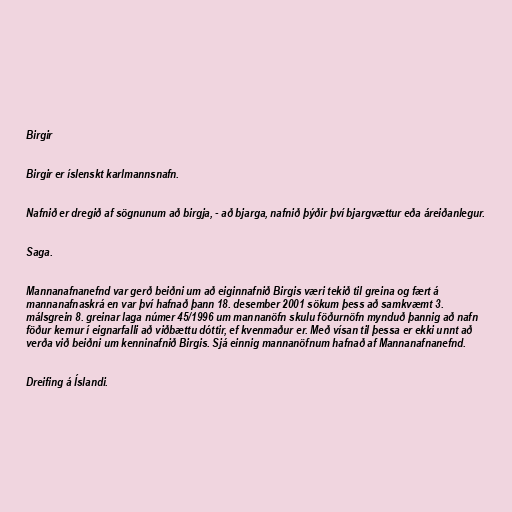
Birgir

Birgir er íslenskt karlmannsnafn.

Nafnið er dregið af sögnunum að birgja, - að bjarga, nafnið þýðir því bjargvættur eða áreiðanlegur.

Saga.

Mannanafnanefnd var gerð beiðni um að eiginnafnið Birgis væri tekið til greina og fært á
mannanafnaskrá en var því hafnað þann 18. desember 2001 sökum þess að samkvæmt 3.
málsgrein 8. greinar laga númer 45/1996 um mannanöfn skulu föðurnöfn mynduð þannig að nafn
föður kemur í eignarfalli að viðbættu dóttir, ef kvenmaður er. Með vísan til þessa er ekki unnt að
verða við beiðni um kenninafnið Birgis. Sjá einnig mannanöfnum hafnað af Mannanafnanefnd.

Dreifing á Íslandi.